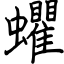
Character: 蠷